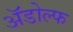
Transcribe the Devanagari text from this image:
ॲडोल्फ